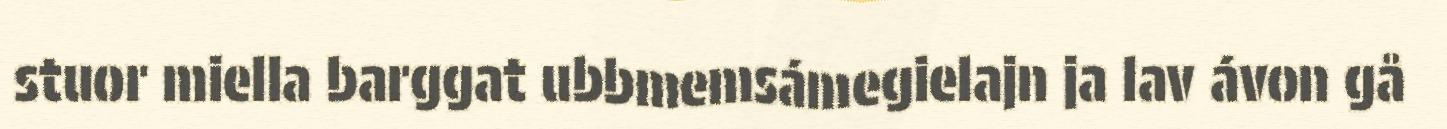
stuor miella barggat ubbmemsámegielajn ja lav ávon gå